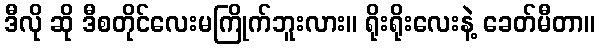
ဒီလို ဆို ဒီစတိုင်လေးမကြိုက်ဘူးလား။ ရိုးရိုးလေးနဲ့ ခေတ်မီတာ။